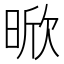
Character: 𭦡